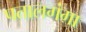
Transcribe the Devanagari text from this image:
पतालगंगा